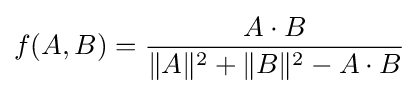
f(A,B)={\frac {A\cdot B}{\|A\|^{2}+\|B\|^{2}-A\cdot B}}